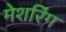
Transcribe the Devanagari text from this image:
मेशरिंग